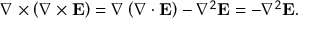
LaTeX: \nabla \times \left( \nabla \times \mathbf { E } \right) = \nabla \left( \nabla \cdot \mathbf { E } \right) - \nabla ^ { 2 } \mathbf { E } = - \nabla ^ { 2 } \mathbf { E } .